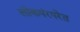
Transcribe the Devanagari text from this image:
लोकपंरपरेत